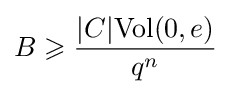
B\geqslant {{|C|{\text{Vol}}(0,e)} \over {q^{n}}}